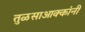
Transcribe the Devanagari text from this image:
तुळसाआक्कांनी